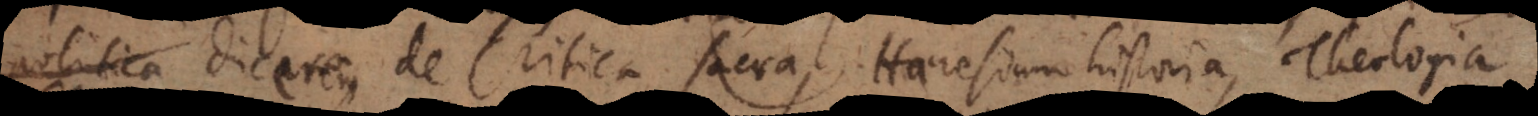
Ecclesiastica dicerem, de Critica sacra, Haeresium historia, Theologia